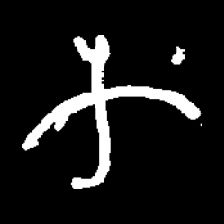
Pyu character \u2014 Myanmar letter: က (romanized: ka)